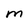
Character: M